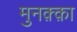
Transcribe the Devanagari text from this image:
मुनक़्क़ा